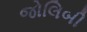
જોલિબી